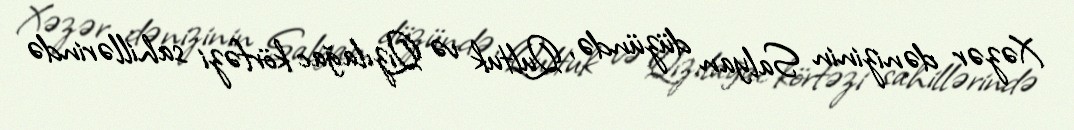
Xəzər dənizinin Salyan düzündə, Qultuk və Qızılağac körfəzi sahillərində